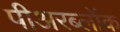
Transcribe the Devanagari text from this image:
पीअरब्लॉक